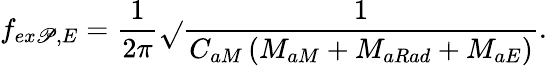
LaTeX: f_{ex\mathscr{P},E}=\frac{{1}}{{2\pi}}\sqrt{}{{\frac{{1}}{{C_{aM}\left(M_{aM}+M_{aRad}+M_{aE}\right)}}}}.